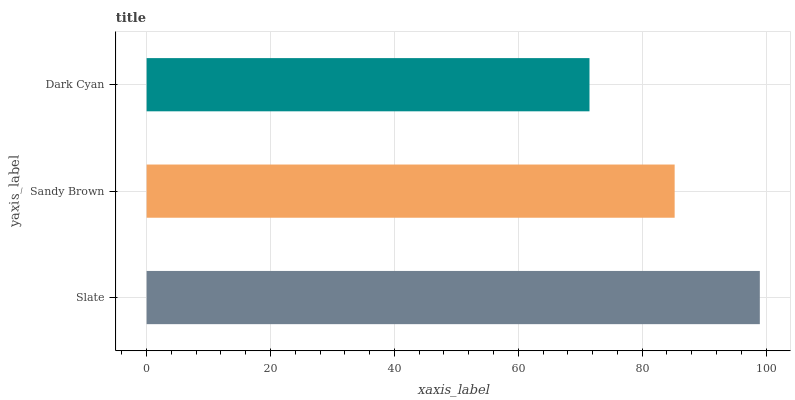
| yaxis_label | bars |
 | --- | --- |
 | Slate | 99 |
 | Sandy Brown | 85.2 |
 | Dark Cyan | 71.5 |